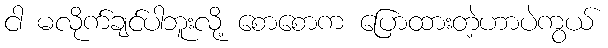
ငါ မလိုက်ချင်ပါဘူးလို့ စောစောက ပြောထားတဲ့ဟာပဲကွယ်